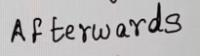
Afterwards